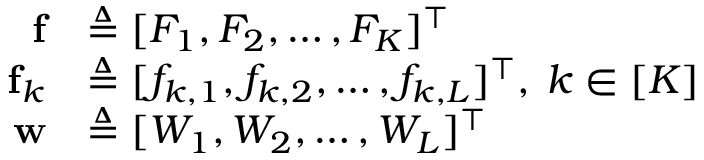
\begin{array} { r l } { \mathbf { f } } & { \triangleq [ F _ { 1 } , F _ { 2 } , \hdots , F _ { K } ] ^ { \intercal } } \\ { \mathbf { f } _ { k } } & { \triangleq [ f _ { k , 1 } , f _ { k , 2 } , \hdots , f _ { k , L } ] ^ { \intercal } , \: k \in [ K ] } \\ { \mathbf { w } } & { \triangleq [ W _ { 1 } , W _ { 2 } , \hdots , W _ { L } ] ^ { \intercal } } \end{array}